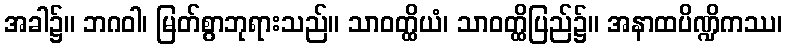
အခါ၌။ ဘဂဝါ၊ မြတ်စွာဘုရားသည်။ သာဝတ္ထိယံ၊ သာဝတ္ထိပြည်၌။ အနာထပိဏ္ဍိကဿ၊